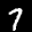
Label: 7